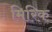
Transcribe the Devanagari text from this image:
मिरिक